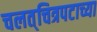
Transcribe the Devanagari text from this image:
चलत्‌चित्रपटाच्या